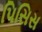
પિસિસ